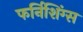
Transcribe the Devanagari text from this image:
फर्निशिंग्स